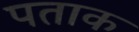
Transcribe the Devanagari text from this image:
पताक